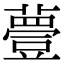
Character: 𧀆